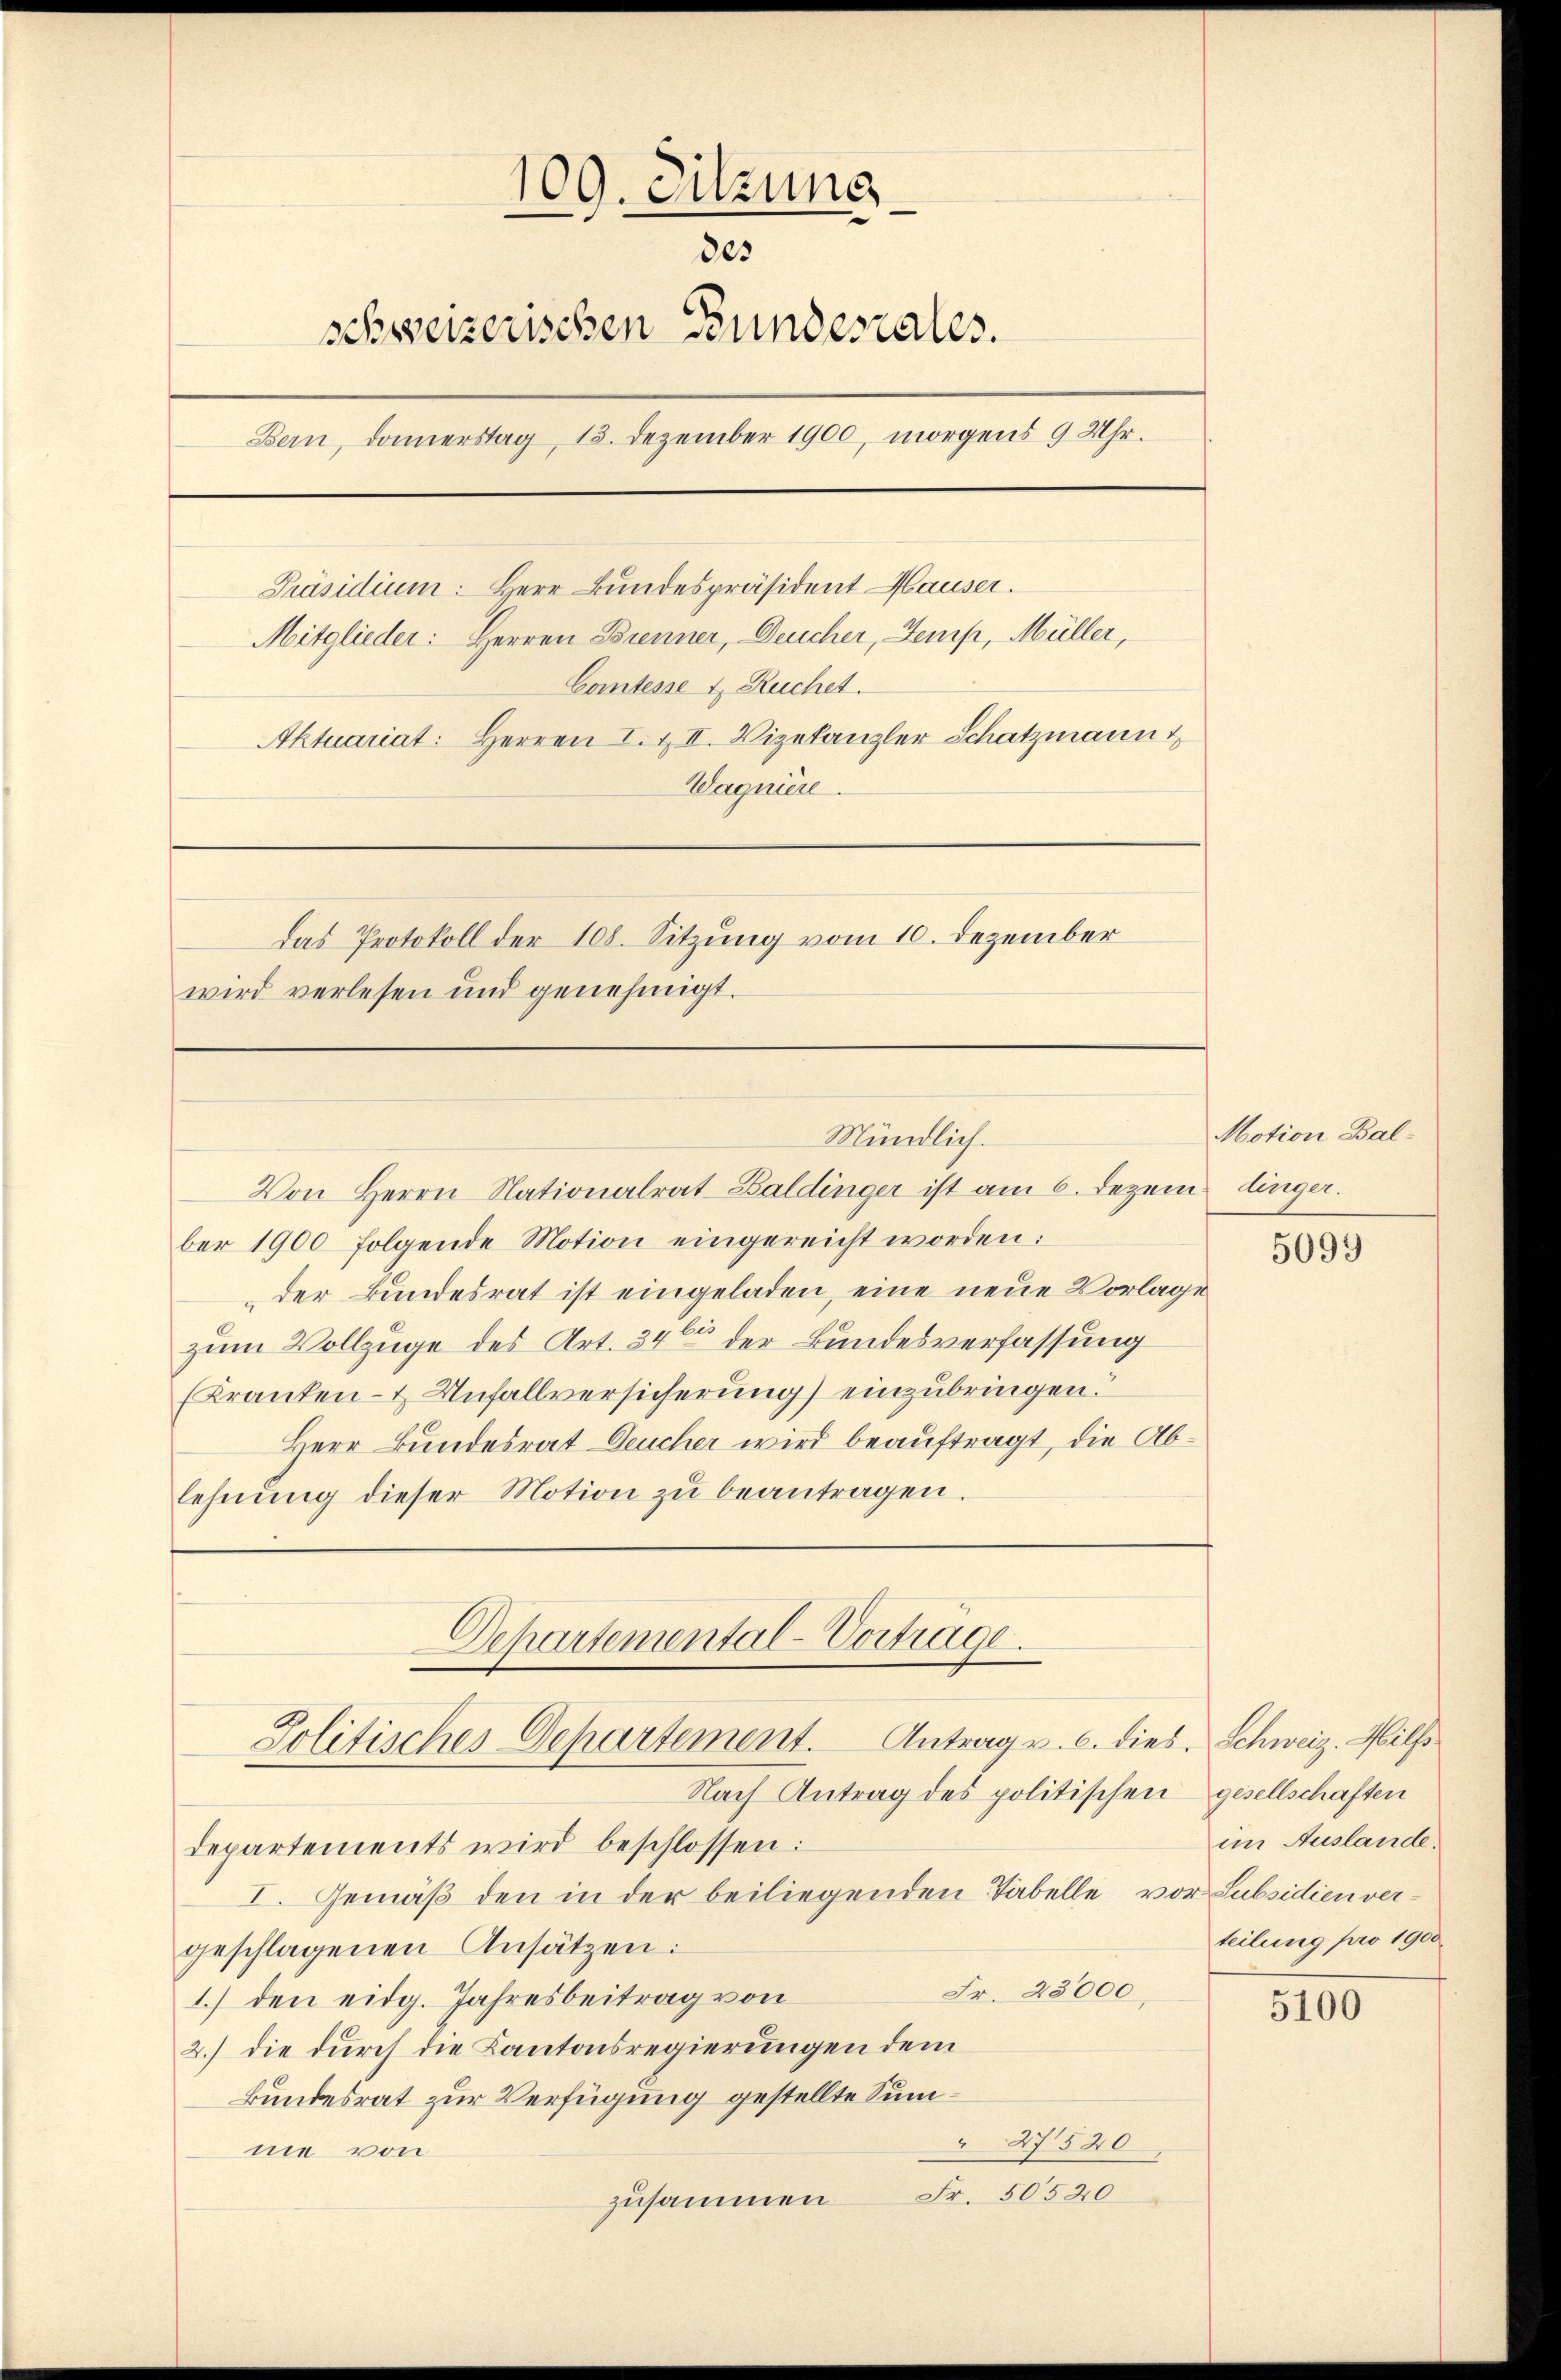
109. Sitzung
des
schweizerischen Bundesrates.
Bern, donnerstag, 13. Dezember 1900, morgens 9 Uhr.
Präsidium: Herr Bundespräsident Hauser.
Mitglieder: Herren Brenner, Deucher, Semp, Müller,
Comtesse u. Ruchet.
Aktuariat: Herren I. & II. Vizekanzler Schatzmann t
Wagniere.
Das Protokoll der 108. Sitzung vom 10. Dezember
wird verlesen und genehmigt.

ber 1900 folgende Motion eingereicht worden:
der Bundesrat ist eingeladen, eine neue Vorlage
zum Vollzuge des Art. 34 der Bundesverfassung
(Kranken- & Unfallversicherung einzubringen.
Herr Bundesrat Deucher wird beauftragt, die Ablehnŭng dieser Motion zŭ beantragen.

Mündlich.
Von Herrn Nationalrat-Baldinger ist am 6. Dezem dinger.

Nach Antrag des politischen
departements wird beschlossen:
I. Gemäβ den in der beiliegenden Tabelle v.
geschlagenen Ansätzen:
Fr. 23000
1.) den eidg. Jahresbeitrag von
2.) die durch die Kantonsregierungen dem
kundesrat zur Verfügung gestellte Sum¬
27520
ne von
Fr. 50520
zusammen

Departemental-Vortrage.
Politisches Departement. Antrag u. c. dies

Motion Bal¬

5099

2. Schweiz. Mils.
gesellschaften
im Auslande.
or Subsidien verteilung pro 1900.

5100